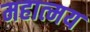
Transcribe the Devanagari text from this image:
महात्‍मय